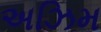
અઝિમ